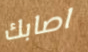
اصابك